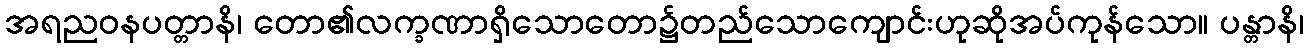
အရညဝနပတ္တာနိ၊ တော၏လက္ခဏာရှိသောတော၌တည်သောကျောင်းဟုဆိုအပ်ကုန်သော။ ပန္တာနိ၊